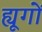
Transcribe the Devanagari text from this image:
ह्यूगों